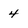
Character: 4